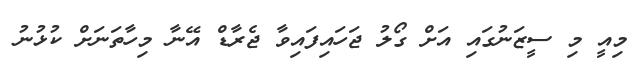
މިއީ މި ސީޒަނުގައި އަށް ގޯލު ޖަހައިފައިވާ ޖެރާޑް އޭނާ މިހާތަނަށް ކުޅުނު